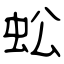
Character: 蚣